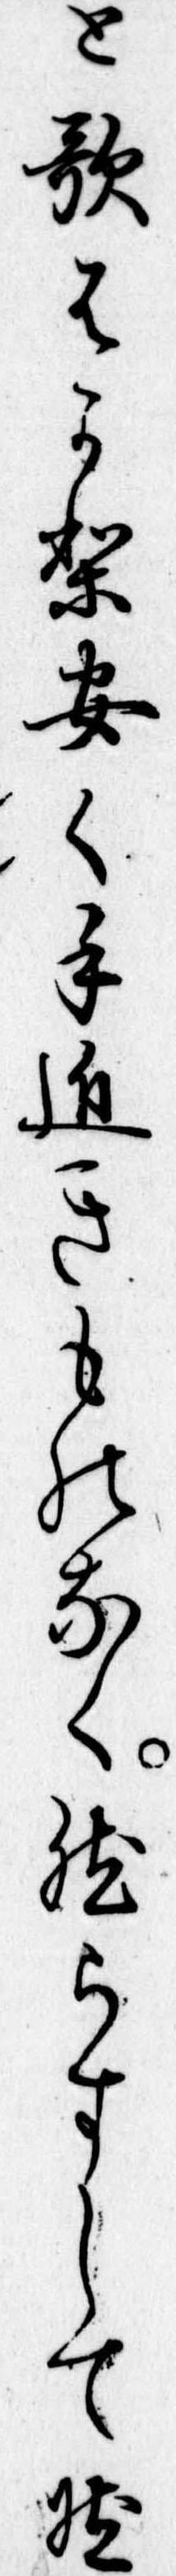
と歌はかり安く手近きものなく然らすして然